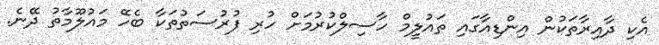
އެކި ދާއިރާތަކުން އިންޑިއާގައި ތައުލީމް ހާސިލްކުރުމަށް ހުރި ފުރުސަތުތަކާ ބެހޭ މައުލޫމާތު ދޭނެ.